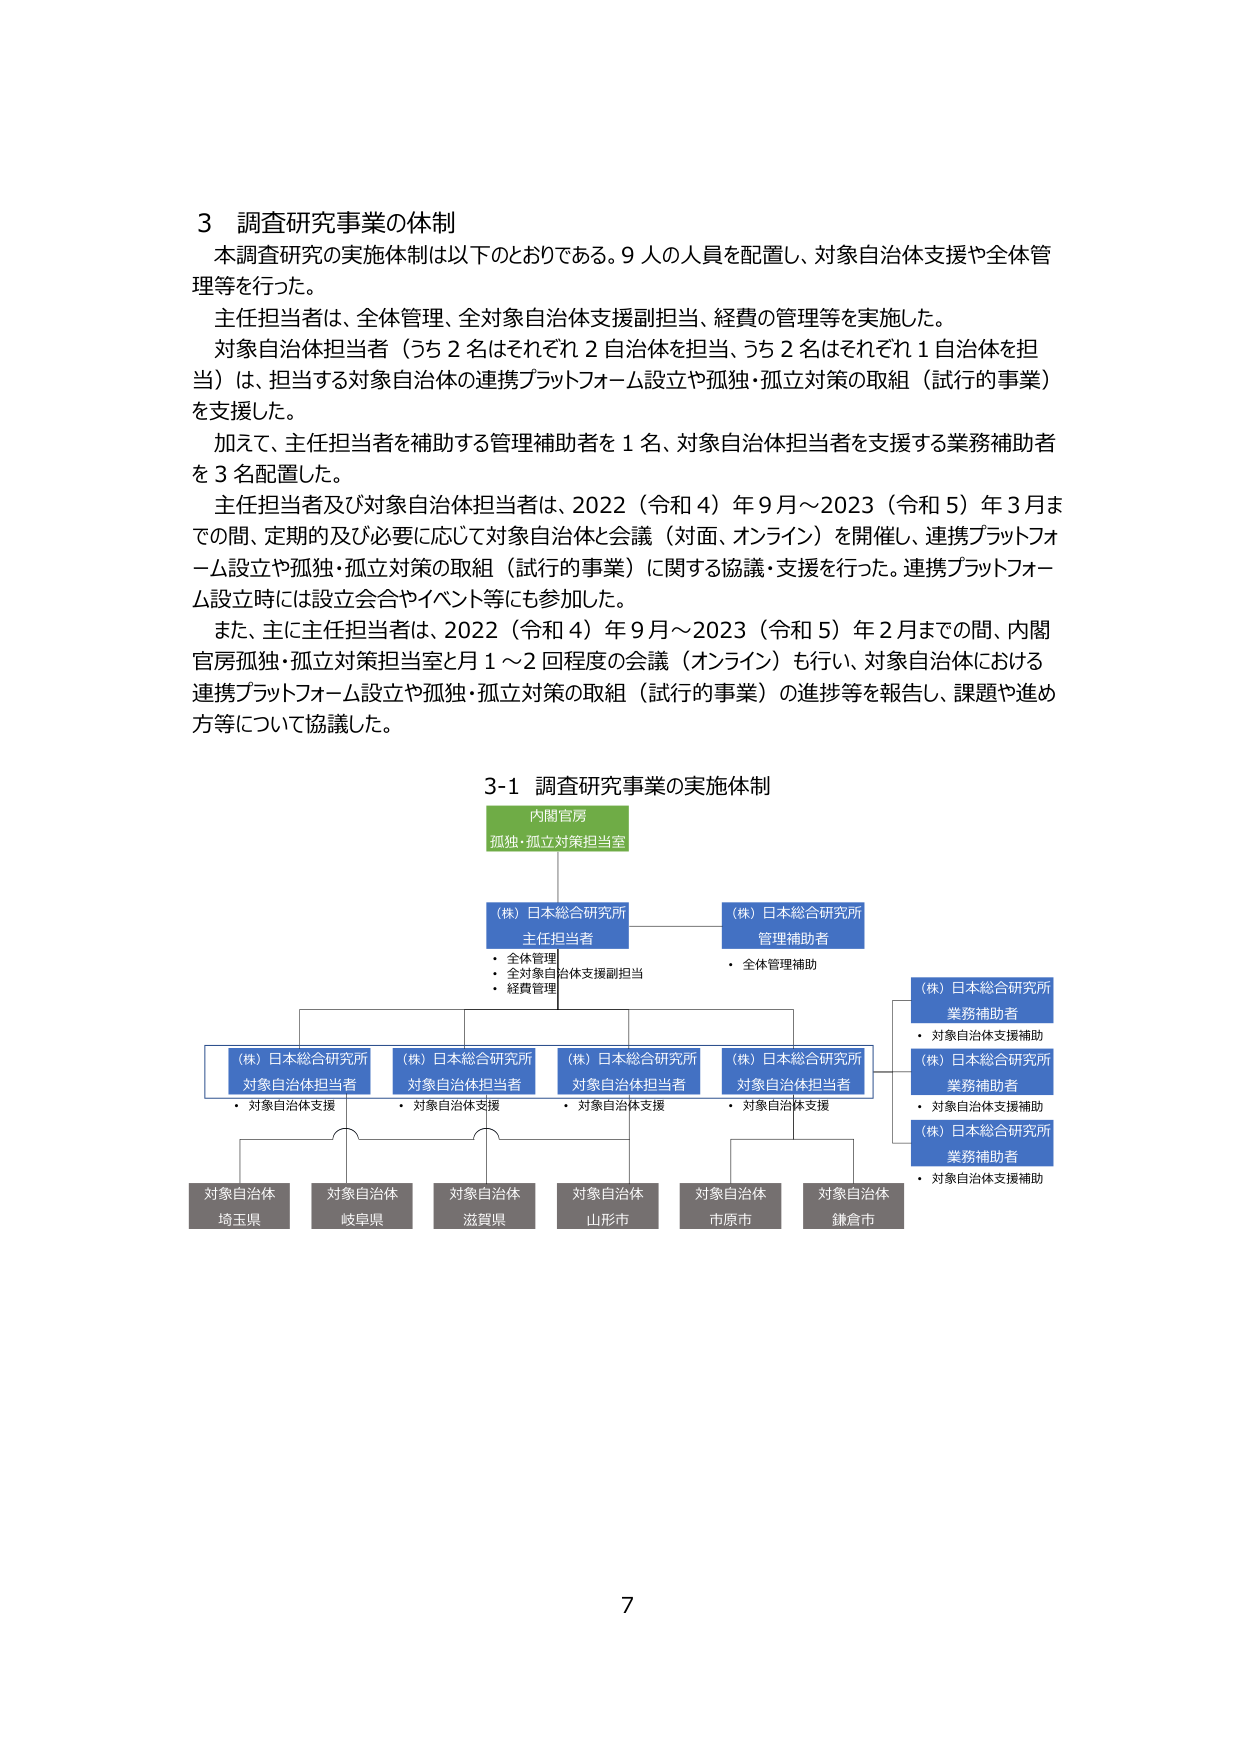
3 調査研究事業の体制
本調査研究の実施体制は以下のとおりである。9人の人員を配置し、対象自治体支援や全体管理等を行った。
主任担当者は、全体管理、全対象自治体支援副担当、経費の管理等を実施した。
対象自治体担当者（うち2名はそれぞれ2自治体を担当、うち2名はそれぞれ1自治体を担当）は、担当する対象自治体の連携プラットフォーム設立や孤独・孤立対策の取組（試行の事業）を支援した。
加えて、主任担当者を補助する管理補助者を1名、対象自治体担当者を支援する業務補助者を3名配置した。
主任担当者及び対象自治体担当者は、2022（令和4）年9月～2023（令和5）年3月までの間、定期的及び必要に応じて対象自治体と会議（対面、オンライン）を開催し、連携プラットフォーム設立や孤独・孤立対策の取組（試行の事業）に関する協議・支援を行った。連携プラットフォーム設立時には設立会合やイベント等にも参加した。
また、主に主任担当者は、2022（令和4）年9月～2023（令和5）年2月までの間、内閣官房孤独・孤立対策担当室と月1～2回程度の会議（オンライン）も行い、対象自治体における連携プラットフォーム設立や孤独・孤立対策の取組（試行の事業）の進捗等を報告し、課題や進め方等について協議した。

3-1 調査研究事業の実施体制
内閣官房
孤独・孤立対策担当室
（株）日本総合研究所
主任担当者
・全体管理
・全対象自治体支援副担当
・経費管理
（株）日本総合研究所
管理補助者
・全体管理補助
（株）日本総合研究所
業務補助者
・対象自治体支援補助
（株）日本総合研究所
業務補助者
・対象自治体支援補助
（株）日本総合研究所
業務補助者
・対象自治体支援補助
（株）日本総合研究所
対象自治体担当者
・対象自治体支援
（株）日本総合研究所
対象自治体担当者
・対象自治体支援
（株）日本総合研究所
対象自治体担当者
・対象自治体支援
（株）日本総合研究所
対象自治体担当者
・対象自治体支援
対象自治体
埼玉県
対象自治体
岐阜県
対象自治体
滋賀県
対象自治体
山形市
対象自治体
市原市
対象自治体
鎌倉市
7